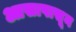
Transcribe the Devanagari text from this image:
आसापासून